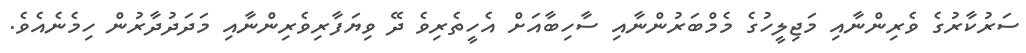
ސަރުކާރުގެ ވެރިންނާއި މަޖިލީހުގެ މެމްބަރުންނާއި ސާހިބާއަށް އެހީތެރިވެ ދޭ ވިޔަފާރިވެރިންނާއި މަދަދުދާރުން ހިމެނެއެވެ.